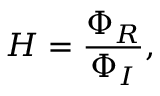
H = \frac { \Phi _ { R } } { \Phi _ { I } } ,